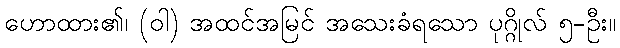
ဟောထား၏၊ (ဝါ) အထင်အမြင် အသေးခံရသော ပုဂ္ဂိုလ် ၅-ဦး။